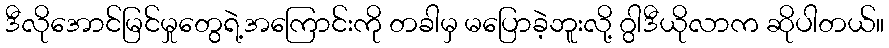
ဒီလိုအောင်မြင်မှုတွေရဲ့အကြောင်းကို တခါမှ မပြောခဲ့ဘူးလို့ ဂွါဒီယိုလာက ဆိုပါတယ်။